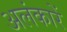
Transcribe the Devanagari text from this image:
अलंकारें